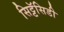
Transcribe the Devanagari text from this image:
सिट्टॅसिडी